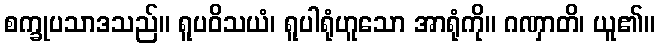
စက္ခုပသာဒသည်။ ရူပဝိသယံ၊ ရူပါရုံဟူသော အာရုံကို။ ဂဏှာတိ၊ ယူ၏။